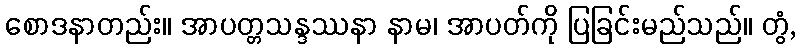
စောဒနာတည်း။ အာပတ္တသန္ဒဿနာ နာမ၊ အာပတ်ကို ပြခြင်းမည်သည်။ တွံ,